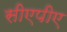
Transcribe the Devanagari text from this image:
सीएपीए